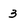
Character: 3